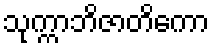
သုက္ကာဘိဇာတိကော